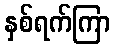
နှစ်ရက်ကြာ